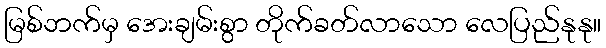
မြစ်ဘက်မှ အေးချမ်းစွာ တိုက်ခတ်လာသော လေပြည်နုနု။